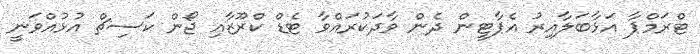
ޓްރަމްޕާ އަޅާބަލާއިރު އެޕާޓީން ދެން ވާދަކުރައްވާ ޓެޑް ކްރޫޒާއި ޖޯން ކަސިޗް އުޅުއްވަނީ